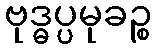
ဗုဒ္ဓပ္ပမုခဉ္စ